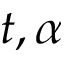
t , \alpha